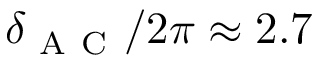
\delta _ { \mathrm { ~ A ~ C ~ } } / 2 \pi \approx 2 . 7